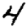
Digit: 4